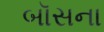
બૉસના